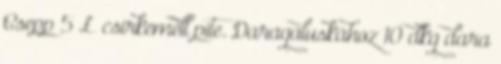
Csepp 5 £ csirkemell pite. Daragaluskához 10 dkg dara